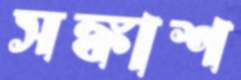
সঙ্কাশ